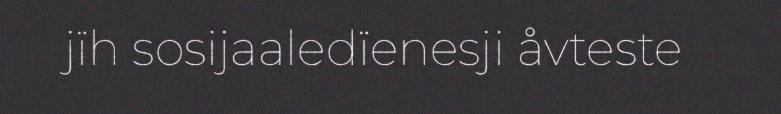
jïh sosijaaledïenesji åvteste